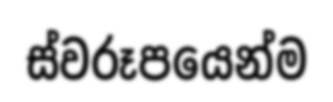
ස්වරූපයෙන්ම